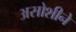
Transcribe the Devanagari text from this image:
असोशीने